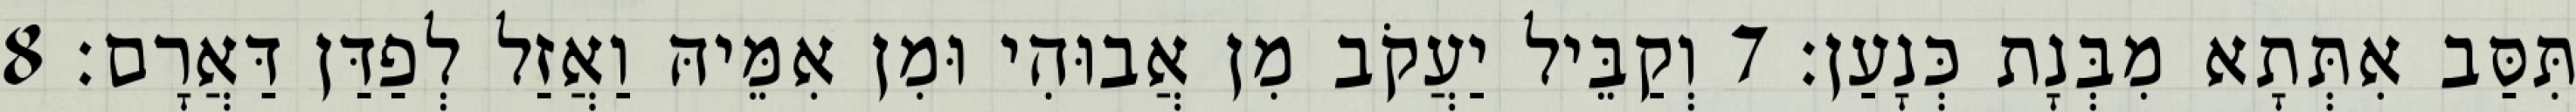
תִּסַּב אִתְּתָא מִבְּנָת כְּנָעַן׃ 7 וְקַבֵּיל יַעֲקֹב מִן אֲבוּהִי וּמִן אִמֵּיהּ וַאֲזַל לְפַדַּן דַּאֲרָם׃ 8